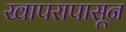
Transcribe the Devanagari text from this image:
खापरापासून